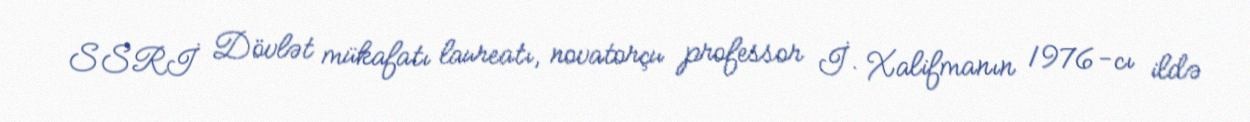
SSRİ Dövlət mükafatı laureatı, novatorçu professor İ. Xalifmanın 1976-cı ildə